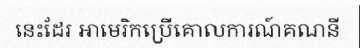
នេះដែរ អាមេរិកប្រើគោលការណ៍គណនី